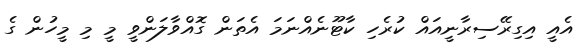
އެއީ އިގިރޭސިރާނީއައް ކުރެހި ކާޓޫނެއްނަމަ އެތަން ގޮއްވާލަންވީ މީ މި މީހުން ގެ